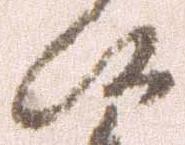
候